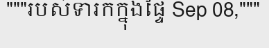
"""របស់ទារកក្នុងផ្ទៃ Sep 08,"""